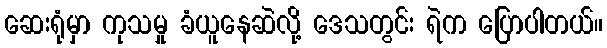
ဆေးရုံမှာ ကုသမှု ခံယူနေဆဲလို့ ဒေသတွင်း ရဲက ပြောပါတယ်။